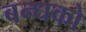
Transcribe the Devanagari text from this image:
बन्धको